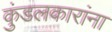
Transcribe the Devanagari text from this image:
कुंडलकारांना